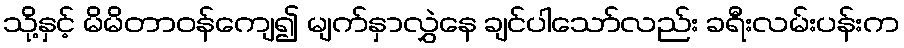
သို့နှင့် မိမိတာဝန်ကျေ၍ မျက်နှာလွှဲနေ ချင်ပါသော်လည်း ခရီးလမ်းပန်းက